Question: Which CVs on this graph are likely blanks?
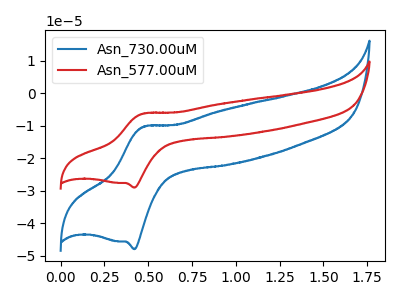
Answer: <think>The blue curve "Asn_730.00uM" has an anodic peak at (0.45V, -10.30uA) and a cathodic peak at (0.40V, -48.00uA). The red curve "Asn_577.00uM" has an anodic peak at (0.45V, -6.25uA) and a cathodic peak at (0.40V, -29.05uA).</think>
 <answer>There are not any CV's on this graph that are likely to be blanks.</answer>
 <eval>none</eval>